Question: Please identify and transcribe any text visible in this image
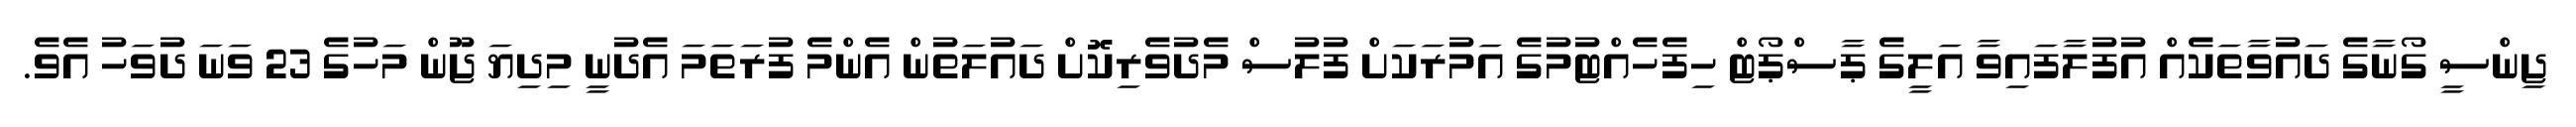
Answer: ޖިންސީ ގޯނާގެ ދައުވާތަކެއް އުފުލާފައިވާ އަލީގެ ޕާސްޕޯޓް ހިފެހެއްޓުމުގެ އަމުރަކަށް ފުލުސް މެދުވެރިކޮށް ދައުލަތުން އެންމެ ފުރަތަމަ އެދުނީ މިދިޔަ ޖޫން މަހުގެ 23 ވަނަ ދުވަހު އެވެ.